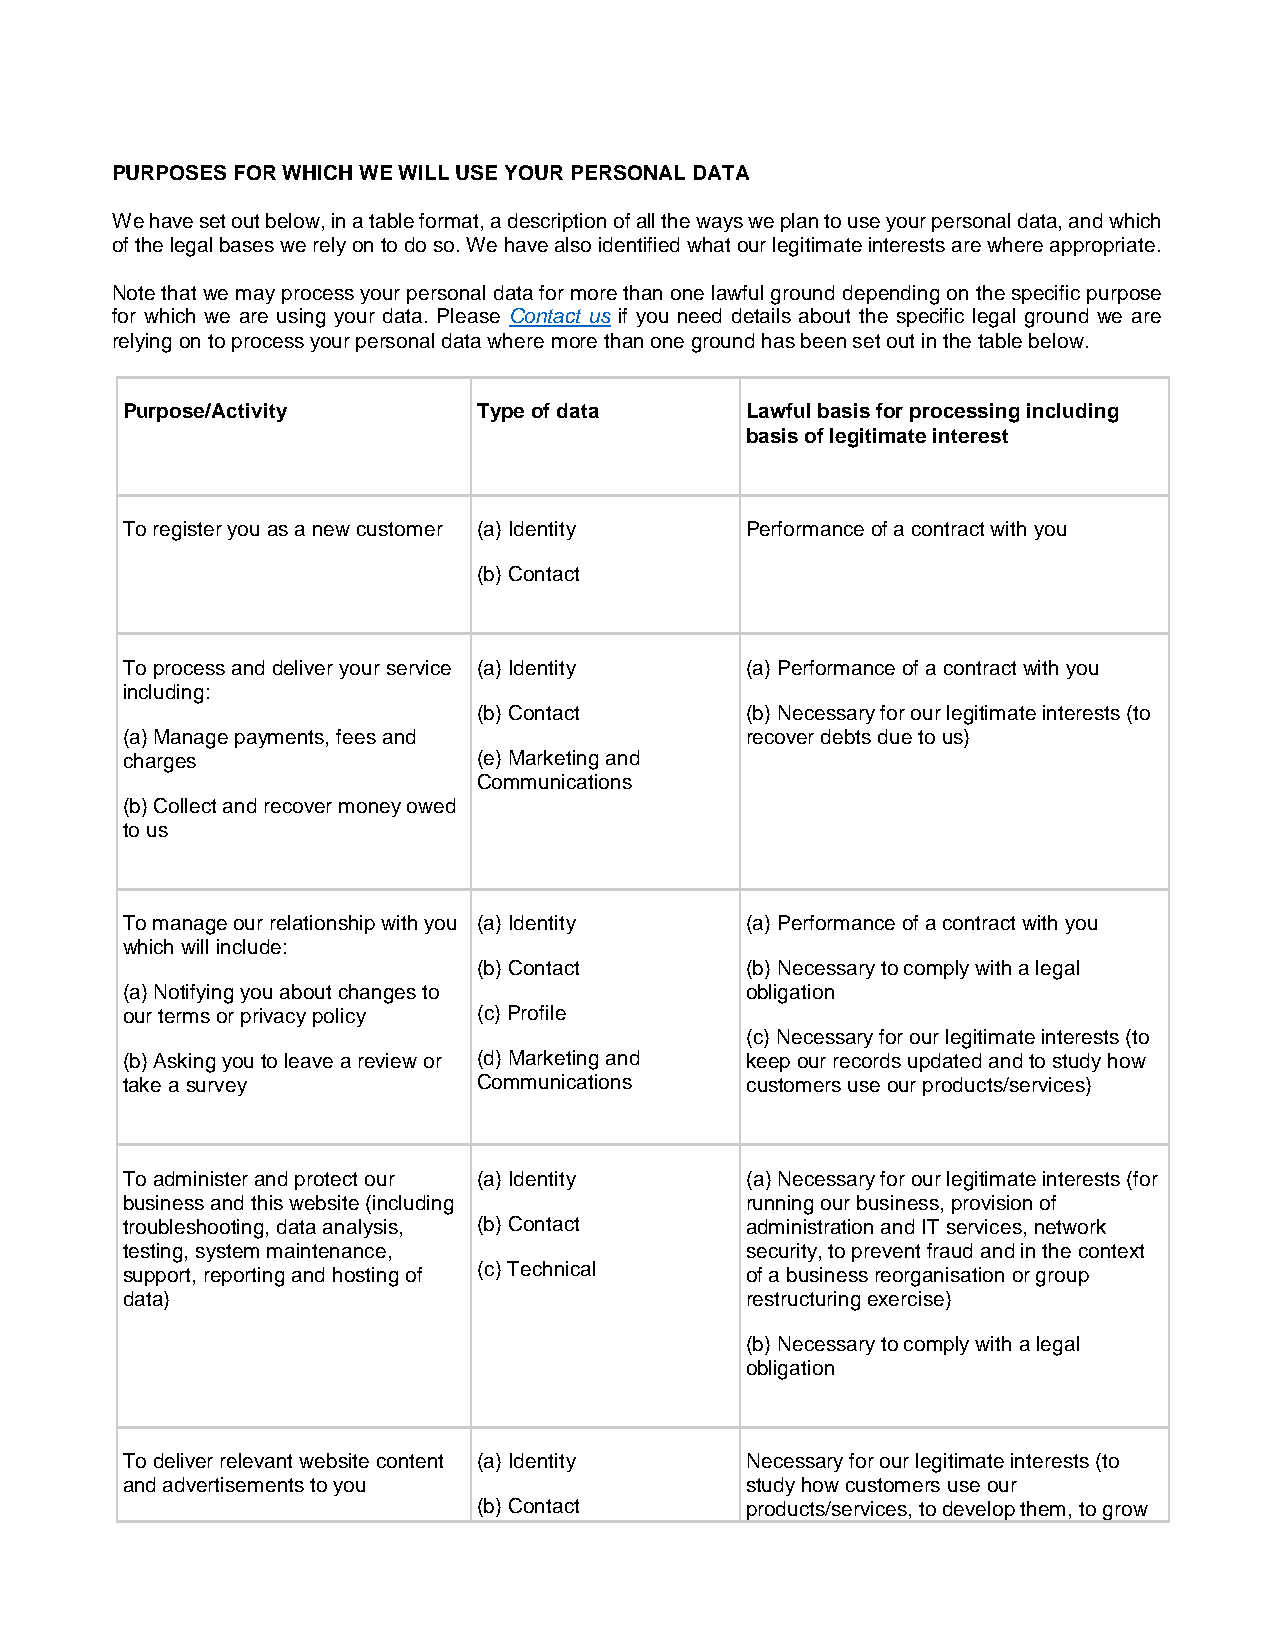
PURPOSES FOR WHICH WE WILL USE YOUR PERSONAL DATA
 We have set out below, in a table format, a description of all the ways we plan to use your personal data, and which
 of the legal bases we rely on to do so. We have also identified what our legitimate interests are where appropriate.
 Note that we may process your personal data for more than one lawful ground depending on the specific purpose
 for which we are using your data. Please Contact us if you need details about the specific legal ground we are
 relying on to process your personal data where more than one ground has been set out in the table below.
 Purpose/Activity        Type of data     Lawful basis for processing including
 basis of legitimate interest
 To register you as a new customer (a) Identity Performance of a contract with you
 (b) Contact
 To process and deliver your service (a) Identity (a) Performance of a contract with you
 including:
 (b) Contact      (b) Necessary for our legitimate interests (to
 (a) Manage payments, fees and            recover debts due to us)
 charges                 (e) Marketing and
 Communications
 (b) Collect and recover money owed
 to us
 To manage our relationship with you (a) Identity (a) Performance of a contract with you
 which will include:
 (b) Contact      (b) Necessary to comply with a legal
 (a) Notifying you about changes to       obligation
 our terms or privacy policy (c) Profile
 (c) Necessary for our legitimate interests (to
 (b) Asking you to leave a review or (d) Marketing and keep our records updated and to study how
 take a survey           Communications   customers use our products/services)
 To administer and protect our (a) Identity (a) Necessary for our legitimate interests (for
 business and this website (including     running our business, provision of
 troubleshooting, data analysis, (b) Contact administration and IT services, network
 testing, system maintenance,             security, to prevent fraud and in the context
 support, reporting and hosting of (c) Technical of a business reorganisation or group
 data)                                    restructuring exercise)
 (b) Necessary to comply with a legal
 obligation
 To deliver relevant website content (a) Identity Necessary for our legitimate interests (to
 and advertisements to you                study how customers use our
 (b) Contact      products/services, to develop them, to grow